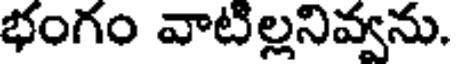
భంగం వాటిల్లనివ్వను.